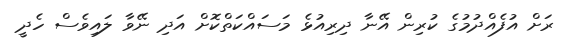
ރަށް އުފެއްދުމުގެ ކުރިން އޭނާ ދިރިއުޅެ މަސައްކަތްކޮށް އަދި ނޭވާ ލައިވެސް ހެދީ